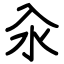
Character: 汆